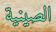
الصينية